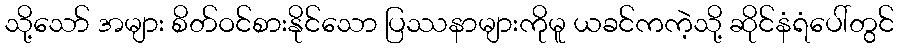
သို့သော် အများ စိတ်ဝင်စားနိုင်သော ပြဿနာများကိုမူ ယခင်ကကဲ့သို့ ဆိုင်နံရံပေါ်တွင်